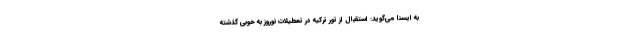
به ایسنا می‌گوید: استقبال از تور ترکیه در تعطیلات نوروز به خوبی گذشته